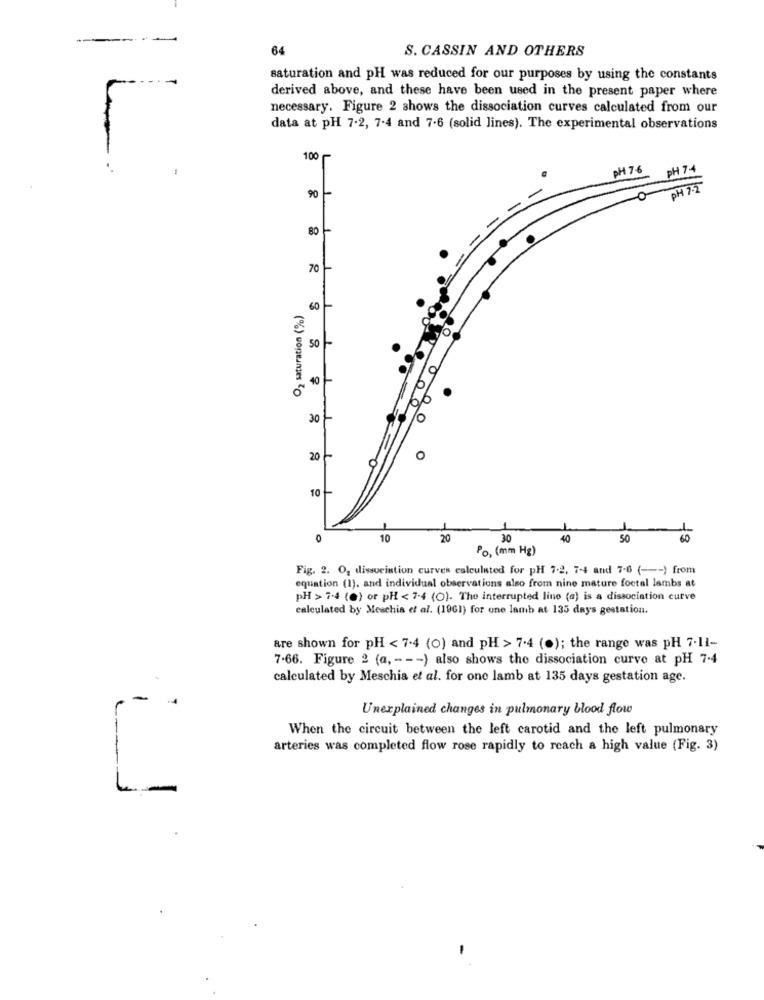
--
64
S. CASSIN AND OTHERS
saturation and pH was reduced for our purposes by using the constants
derived above, and these have been used in the present paper where
necessary. Figure 2 shows the dissociation curves calculated from our
data at pH 7.2, 7-4 and 7-6 (solid lines). The experimental observations
100
BH 7.6
PH 7
90
PH 7
80
70-
O2 saturation (%)
60
40-
30
0
20
10
0
10
20
30
40
50
Po, (mm Hg)
Fig. 2. O, dissociation curves calculated for pH 7-2, 7-4 and 7-6 ( --- ) from
equation (1). and individual observations also from nine mature foetal lambs at
pH > 7.4 (e) or pH < 7-4 (O). The interrupted lino (a) is a dissociation curve
calculated by Meschia et al. (1961) for one lamb at 135 days gestation.
are shown for pH < 7.4 (0) and pH > 7.4 (.); the range was pH 7.11-
7-66. Figure 2 (a, - - - ) also shows the dissociation curve at pH 7-4
calculated by Meschia et al. for one lamb at 135 days gestation age.
Unexplained changes in pulmonary blood flow
When the circuit between the left carotid and the left pulmonary
arteries was completed flow rose rapidly to reach a high value (Fig. 3)
L